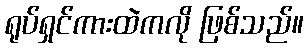
ရုပ်ရှင်ကားထဲကလို ဖြစ်သည်။